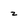
Character: z